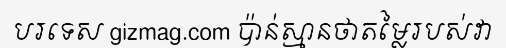
បរទេស gizmag.com ប៉ាន់ស្មានថាតម្លៃរបស់វា